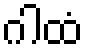
ဂါထံ